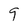
Character: 9